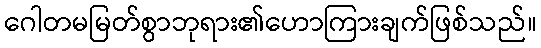
ဂေါတမမြတ်စွာဘုရား၏ဟောကြားချက်ဖြစ်သည်။